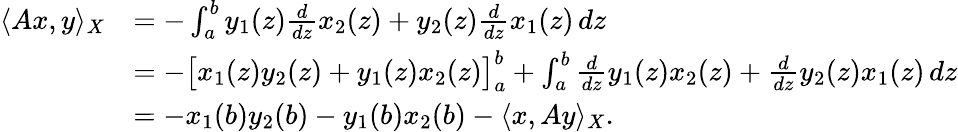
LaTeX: \begin{array}{rl}{\langle Ax,y\rangle_{X}}&{=-\int_{a}^{b}y_{1}(z)\frac{d}{dz}x_{2}(z)+y_{2}(z)\frac{d}{dz}x_{1}(z)\, dz}\\ &{=-\big[x_{1}(z)y_{2}(z)+y_{1}(z)x_{2}(z)\big]_{a}^{b}+\int_{a}^{b}\frac{d}{dz}y_{1}(z)x_{2}(z)+\frac{d}{dz}y_{2}(z)x_{1}(z)\, dz}\\ &{=-x_{1}(b)y_{2}(b)-y_{1}(b)x_{2}(b)-\langle x,Ay\rangle_{X}.}\end{array}